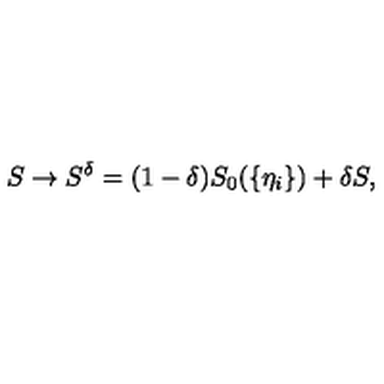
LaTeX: S \to S ^ { \delta } = ( 1 - \delta ) S _ { 0 } ( \{ \eta _ { i } \} ) + \delta S ,